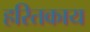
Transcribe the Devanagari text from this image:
हरितकाय